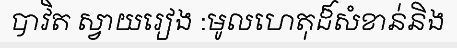
បាវិត ស្វាយរៀង :មូលហេតុដ៏សំខាន់និង